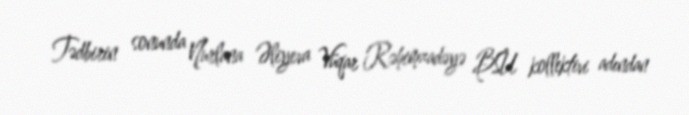
Tədbirin sonunda Nurlana Əliyeva Vüqar Rəhimzadəyə BSU kollektivi adından